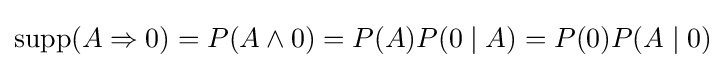
\operatorname {supp} (A\Rightarrow 0)=P(A\land 0)=P(A)P(0\mid A)=P(0)P(A\mid 0)